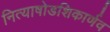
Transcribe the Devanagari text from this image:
नित्याषोडशिकार्णव